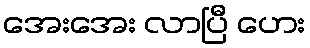
အေးအေး လာပြီ ဟေး